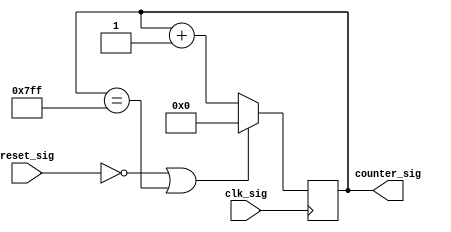
// ************************************************************
//
// Design Name: ConvCode
// Module Name: counter.v
// Tool versions: VsCode
// Description: 
// Parameter:
// 1. NUM:  0 ~ NUM - 1
// Input:
// 1. clk_sig: 
// 2. reset_sig: 
// Output:
// 1. counter_sig: 
// Notice:
// 1.  0 
// 2.  NUM - 1
// ************************************************************
module counter #(
    parameter NUM = 2048
) (
    input                                clk_sig,
    input                                reset_sig,   //  
    output reg [($clog2(NUM - 1) - 1):0] counter_sig  // 
);
    initial begin
        counter_sig <= 0;
    end

    always @(posedge clk_sig) begin
        if (!reset_sig || counter_sig == NUM - 1) begin
            counter_sig <= 0;
        end else begin
            counter_sig <= counter_sig + 1'b1;
        end
    end
endmodule